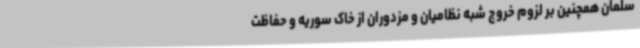
سلمان همچنین بر لزوم خروج شبه نظامیان و مزدوران از خاک سوریه و حفاظت